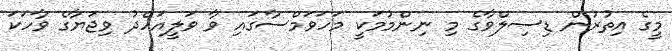
މީގެ އިތުރުން ޑިސިލްވާގެ މި ނިންމުމަކީ މަހަވަމްސާގައި ވާ ވަލީއަހްދު ވިޖަޔާގެ ވާހަކަ